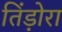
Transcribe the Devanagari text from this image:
तिंड़ोरा